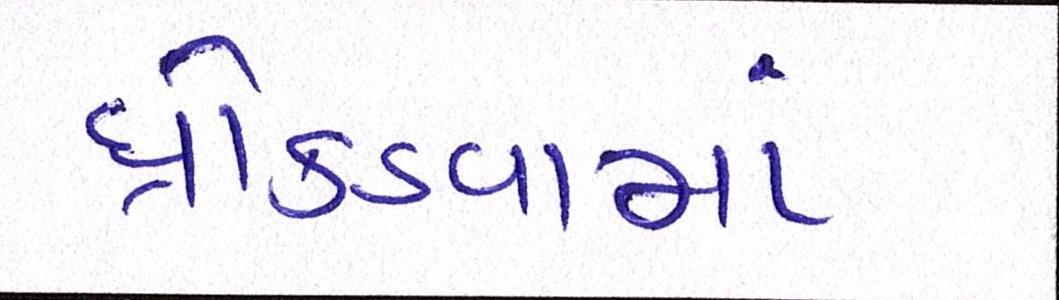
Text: ધ્રોકડવામાં